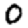
Digit: 0